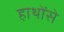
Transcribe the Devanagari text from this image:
हाथोंसे